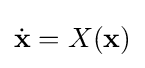
{\dot {\textbf {x}}}=X({\textbf {x}})